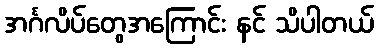
အင်္ဂလိပ်တွေအကြောင်း နင် သိပါတယ်